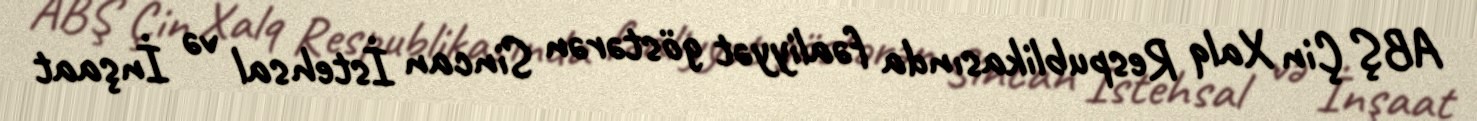
ABŞ Çin Xalq Respublikasında fəaliyyət göstərən Sincan İstehsal və İnşaat